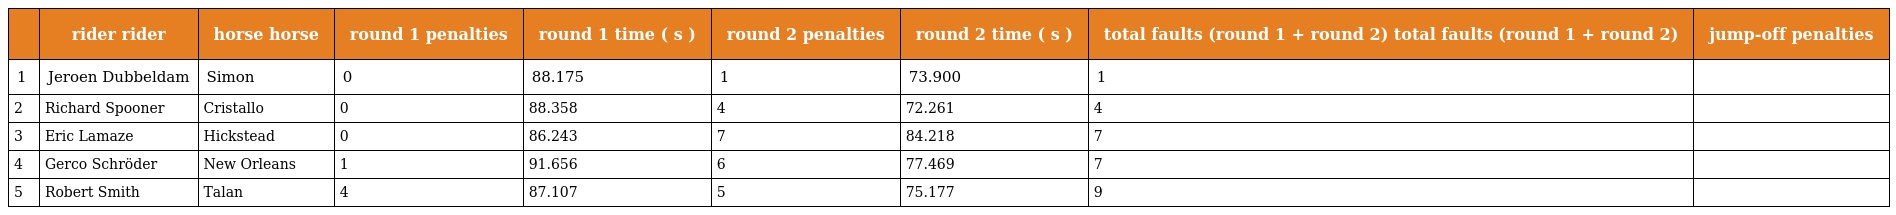
|  | rider rider | horse horse | round 1 penalties | round 1 time ( s ) | round 2 penalties | round 2 time ( s ) | total faults (round 1 + round 2) total faults (round 1 + round 2) | jump-off penalties |
 | --- | --- | --- | --- | --- | --- | --- | --- | --- |
 | 1 | Jeroen Dubbeldam | Simon | 0 | 88.175 | 1 | 73.900 | 1 |  |
 | 2 | Richard Spooner | Cristallo | 0 | 88.358 | 4 | 72.261 | 4 |  |
 | 3 | Eric Lamaze | Hickstead | 0 | 86.243 | 7 | 84.218 | 7 |  |
 | 4 | Gerco Schröder | New Orleans | 1 | 91.656 | 6 | 77.469 | 7 |  |
 | 5 | Robert Smith | Talan | 4 | 87.107 | 5 | 75.177 | 9 |  |